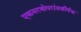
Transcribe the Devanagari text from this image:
एकमरणोपरांतशीर्षक